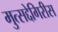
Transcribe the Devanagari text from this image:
मुत्सद्देगिरीस